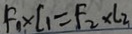
F _ { 1 } \times l _ { 1 } = F _ { 2 } \times l _ { 2 }